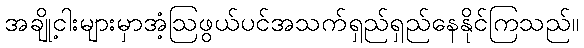
အချို့ငါးများမှာအံ့ဩဖွယ်ပင်အသက်ရှည်ရှည်နေနိုင်ကြသည်။